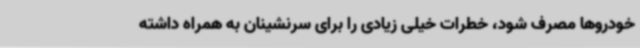
خودروها مصرف شود، خطرات خیلی زیادی را برای سرنشینان به همراه داشته